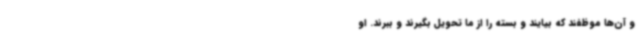
و آن‌ها موظفند که بیایند و بسته را از ما تحویل بگیرند و ببرند. او